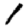
Digit: 1